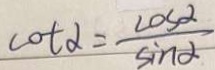
\cot \alpha = \frac { \cos \alpha } { \sin \alpha }